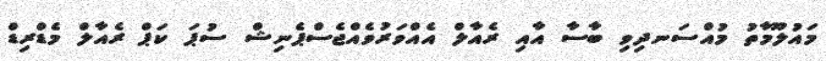
މައުލޫމާތު މުއްސަނދިވި ބާސާ އާއި ރެއާލް އެއްވަރުވެއްޖެސްޕެނިޝް ސުޕަ ކަޕް ރެއާލް މެޑްރިޑް